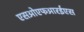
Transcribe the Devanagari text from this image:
एसओएफआरईएस